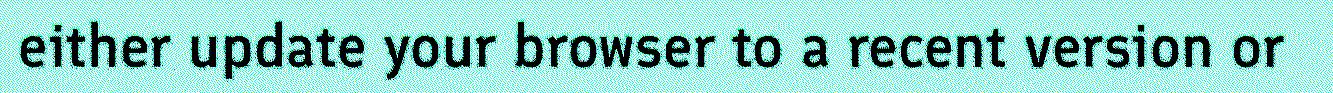
either update your browser to a recent version or